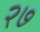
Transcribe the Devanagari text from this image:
२७